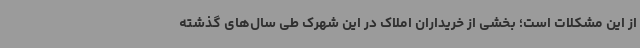
از این مشکلات است؛ بخشی از خریداران املاک در این شهرک طی سال‌های گذشته